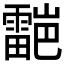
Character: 𮦯